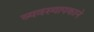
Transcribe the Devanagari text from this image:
व्यवस्थापकाने